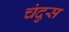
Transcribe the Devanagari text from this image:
चंदुस